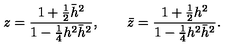
z = { \frac { 1 + { \frac { 1 } { 2 } } \bar { h } ^ { 2 } } { 1 - { \frac { 1 } { 4 } } h ^ { 2 } \bar { h } ^ { 2 } } } , \qquad \bar { z } = { \frac { 1 + { \frac { 1 } { 2 } } h ^ { 2 } } { 1 - { \frac { 1 } { 4 } } h ^ { 2 } \bar { h } ^ { 2 } } } .